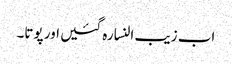
اب زیب النسا رہ گئیں اور پوتا۔